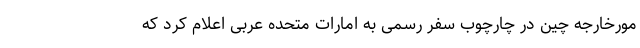
مورخارجه چین در چارچوب سفر رسمی به امارات متحده عربی اعلام کرد که